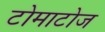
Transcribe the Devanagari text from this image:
टोमाटोज